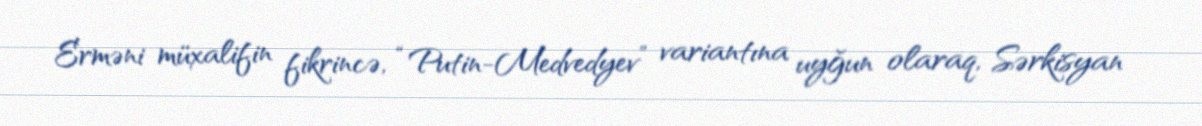
Erməni müxalifin fikrincə, “Putin-Medvedyev” variantına uyğun olaraq, Sərkisyan